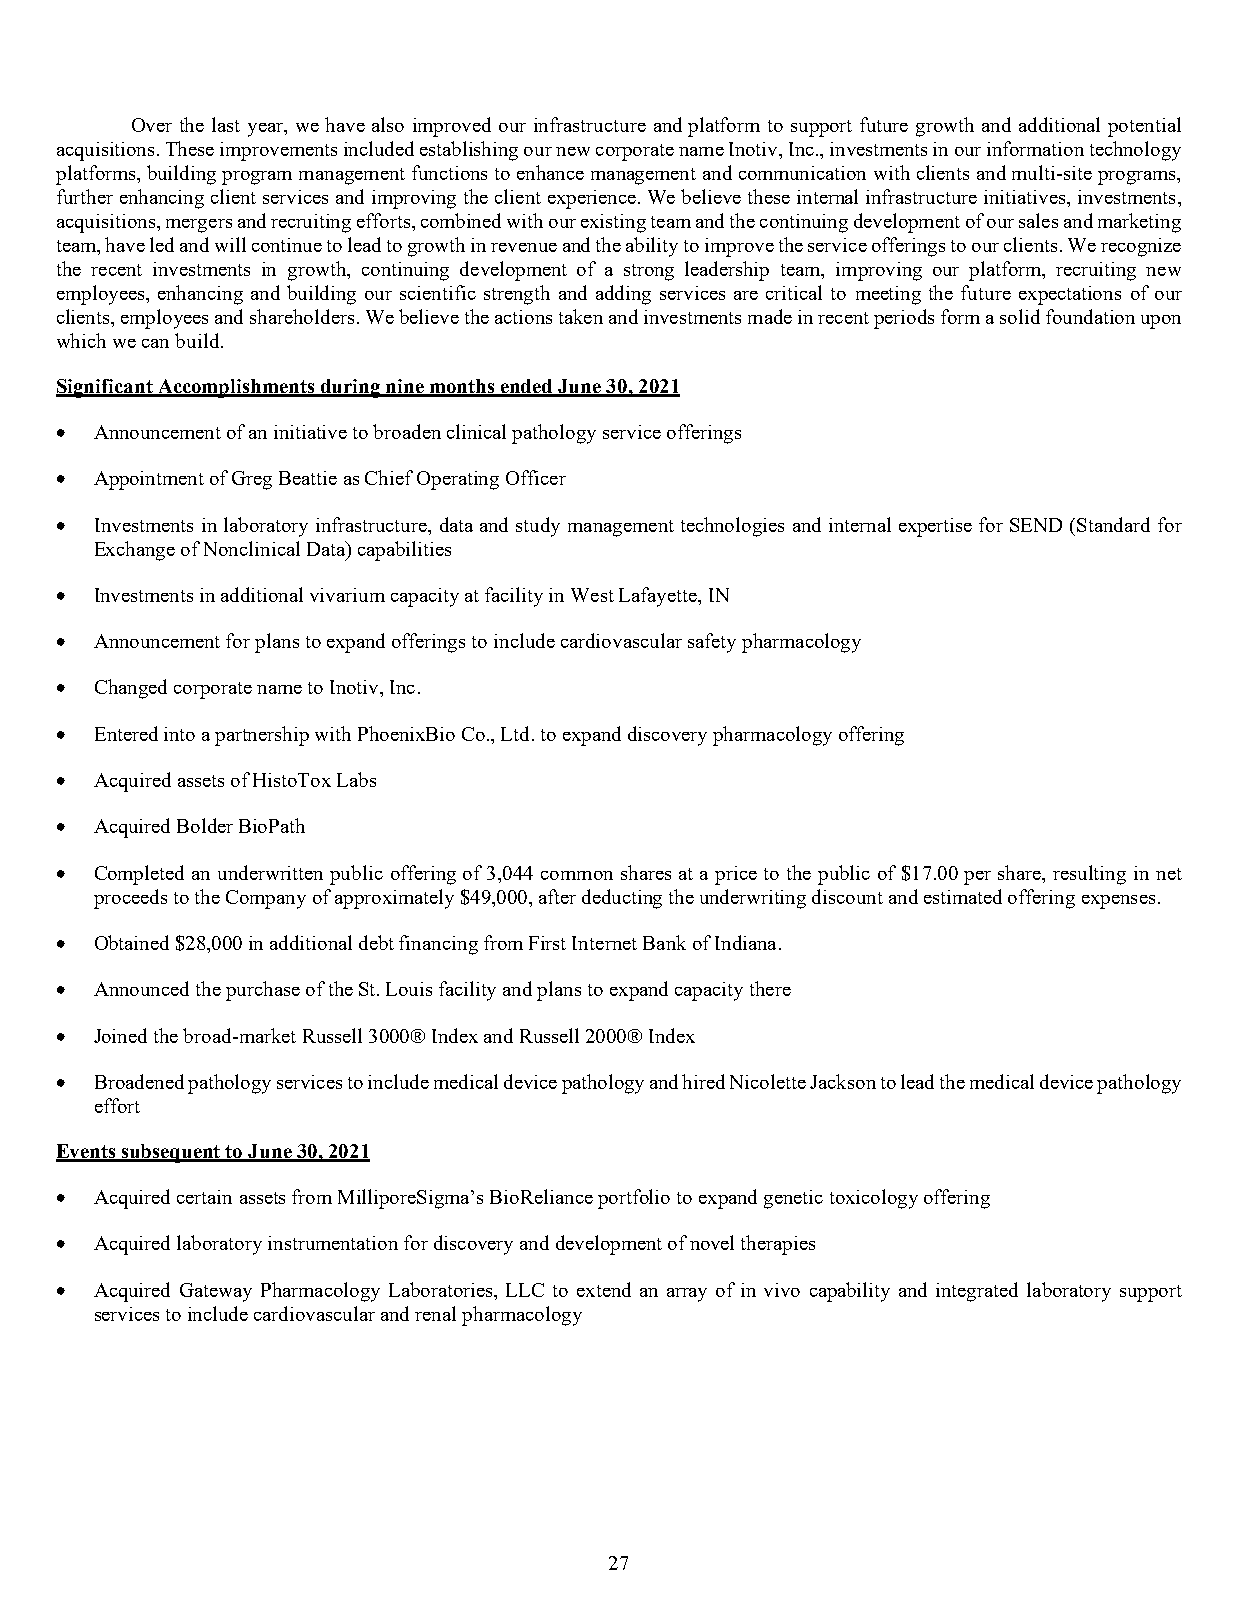
Over the last year, we have also improved our infrastructure and platform to support future growth and additional potential
 acquisitions. These improvements included establishing our new corporate name Inotiv, Inc., investments in our information technology
 platforms, building program management functions to enhance management and communication with clients and multi-site programs,
 further enhancing client services and improving the client experience. We believe these internal infrastructure initiatives, investments,
 acquisitions, mergers and recruiting efforts, combined with our existing team and the continuing development of our sales and marketing
 team, have led and will continue to lead to growth in revenue and the ability to improve the service offerings to our clients. We recognize
 the recent investments in growth, continuing development of a strong leadership team, improving our platform, recruiting new
 employees, enhancing and building our scientific strength and adding services are critical to meeting the future expectations of our
 clients, employees and shareholders. We believe the actions taken and investments made in recent periods form a solid foundation upon
 which we can build.
 Significant Accomplishments during nine months ended June 30, 2021
 • Announcement of an initiative to broaden clinical pathology service offerings
 • Appointment of Greg Beattie as Chief Operating Officer
 • Investments in laboratory infrastructure, data and study management technologies and internal expertise for SEND (Standard for
 Exchange of Nonclinical Data) capabilities
 • Investments in additional vivarium capacity at facility in West Lafayette, IN
 • Announcement for plans to expand offerings to include cardiovascular safety pharmacology
 • Changed corporate name to Inotiv, Inc.
 • Entered into a partnership with PhoenixBio Co., Ltd. to expand discovery pharmacology offering
 • Acquired assets of HistoTox Labs
 • Acquired Bolder BioPath
 • Completed an underwritten public offering of 3,044 common shares at a price to the public of $17.00 per share, resulting in net
 proceeds to the Company of approximately $49,000, after deducting the underwriting discount and estimated offering expenses.
 • Obtained $28,000 in additional debt financing from First Internet Bank of Indiana.
 • Announced the purchase of the St. Louis facility and plans to expand capacity there
 • Joined the broad-market Russell 3000® Index and Russell 2000® Index
 • Broadened pathology services to include medical device pathology and hired Nicolette Jackson to lead the medical device pathology
 effort
 Events subsequent to June 30, 2021
 • Acquired certain assets from MilliporeSigma’s BioReliance portfolio to expand genetic toxicology offering
 • Acquired laboratory instrumentation for discovery and development of novel therapies
 • Acquired Gateway Pharmacology Laboratories, LLC to extend an array of in vivo capability and integrated laboratory support
 services to include cardiovascular and renal pharmacology
 27